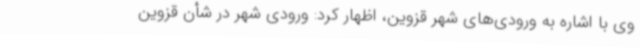
وی با اشاره به ورودی‌های شهر قزوین، اظهار کرد: ورودی شهر در شأن قزوین